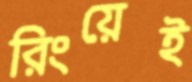
রিংয়েই